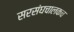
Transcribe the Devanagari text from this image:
सरसंघचालकच